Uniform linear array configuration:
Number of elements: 48
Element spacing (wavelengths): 0.5
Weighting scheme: exponential
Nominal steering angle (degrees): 30
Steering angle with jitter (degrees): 29.462
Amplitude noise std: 0.05
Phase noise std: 0.05

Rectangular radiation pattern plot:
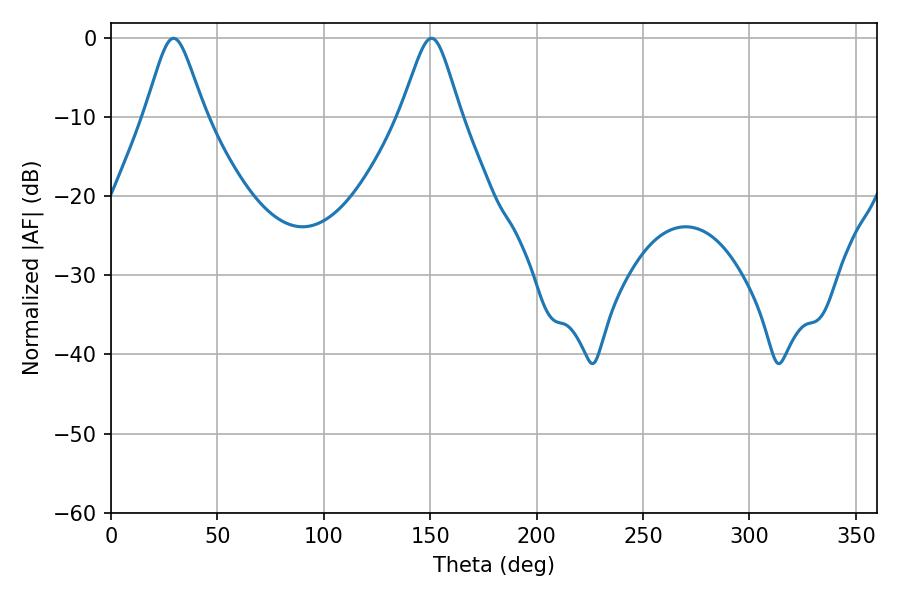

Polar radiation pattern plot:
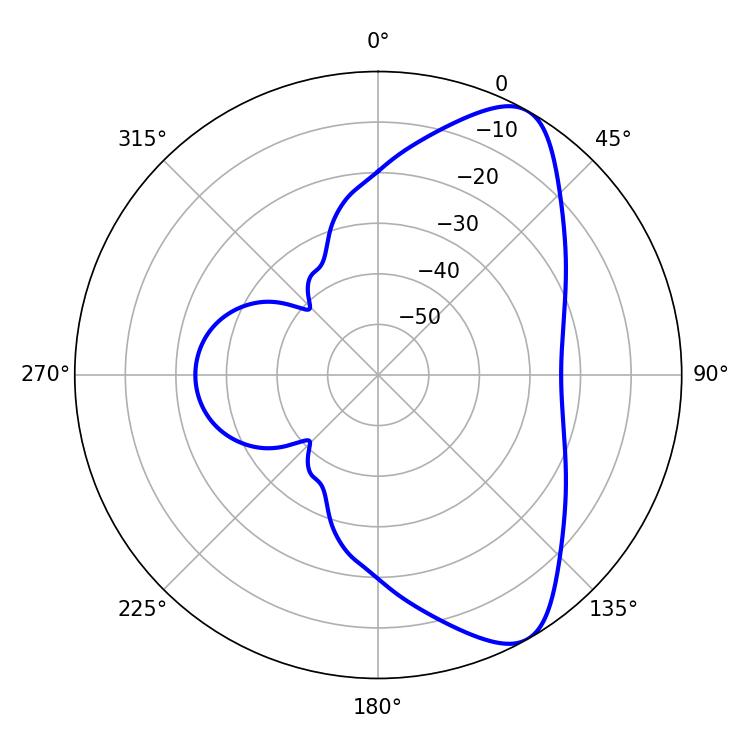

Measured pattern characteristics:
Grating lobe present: FALSE
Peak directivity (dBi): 8.373
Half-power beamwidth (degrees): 13.5
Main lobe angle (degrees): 29.34